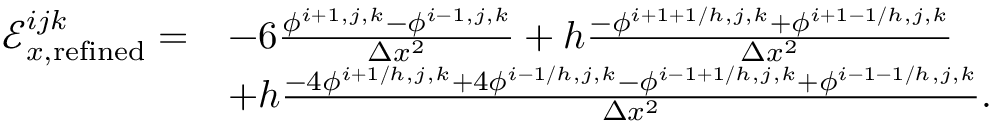
\begin{array} { r l } { \mathcal { E } _ { x , \mathrm { r e f i n e d } } ^ { i j k } = } & { - 6 \frac { \phi ^ { i + 1 , j , k } - \phi ^ { i - 1 , j , k } } { \Delta x ^ { 2 } } + h \frac { - \phi ^ { i + 1 + 1 / h , j , k } + \phi ^ { i + 1 - 1 / h , j , k } } { \Delta x ^ { 2 } } } \\ & { + h \frac { - 4 \phi ^ { i + 1 / h , j , k } + 4 \phi ^ { i - 1 / h , j , k } - \phi ^ { i - 1 + 1 / h , j , k } + \phi ^ { i - 1 - 1 / h , j , k } } { \Delta x ^ { 2 } } . } \end{array}